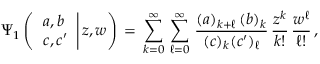
\begin{array} { l } { \displaystyle \Psi _ { 1 } \left( \left. \begin{array} { l } { a , b } \\ { c , c ^ { \prime } } \end{array} \right| z , w \right) \, = \, \sum _ { k = 0 } ^ { \infty } \, \sum _ { \ell = 0 } ^ { \infty } \, \frac { ( a ) _ { k + \ell } \, ( b ) _ { k } } { ( c ) _ { k } ( c ^ { \prime } ) _ { \ell } } \, \frac { z ^ { k } } { k ! } \, \frac { w ^ { \ell } } { \ell ! } \, , } \end{array}